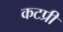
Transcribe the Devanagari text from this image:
कटप्री